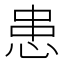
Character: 患